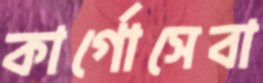
কার্গোসেবা